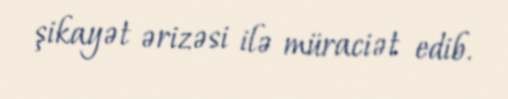
şikayət ərizəsi ilə müraciət edib.